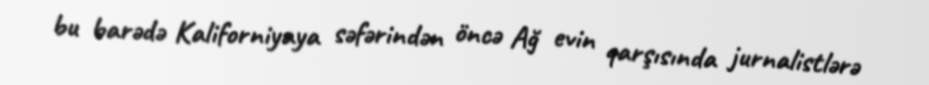
bu barədə Kaliforniyaya səfərindən öncə Ağ evin qarşısında jurnalistlərə